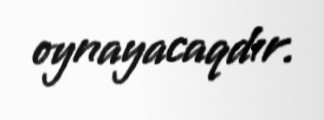
oynayacaqdır.